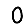
Digit: 0